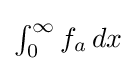
{\textstyle \int _{0}^{\infty }f_{a}\,dx}